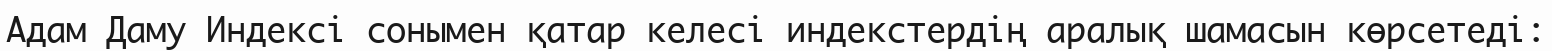
Адам Даму Индексі сонымен қатар келесі индекстердің аралық шамасын көрсетеді: